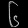
Digit: ၆